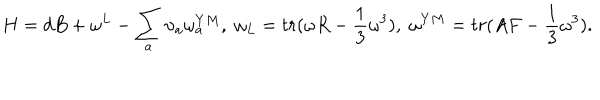
LaTeX: H = d B + \omega ^ { L } - \sum _ { a } { \upsilon } _ { a } \omega _ { a } ^ { Y M } , \; \omega _ { L } = t r ( \omega R - \frac { 1 } { 3 } \omega ^ { 3 } ) , \; \omega ^ { Y M } = t r ( A F - \frac { 1 } { 3 } \omega ^ { 3 } ) .